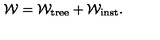
{ \cal W } = { \cal W } _ { \mathrm { t r e e } } + { \cal W } _ { \mathrm { i n s t } } .